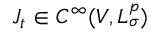
J _ { t } \in C ^ { \infty } ( V , L _ { \sigma } ^ { p } )